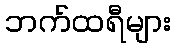
ဘက်ထရီများ